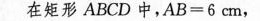
在矩形ABCD中，$$A B = 6 c m$$，